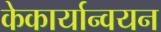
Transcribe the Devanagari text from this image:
केकार्यान्वयन